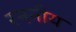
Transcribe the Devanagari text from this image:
रमनीय